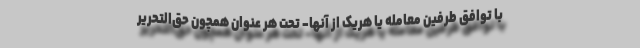
با توافق طرفین معامله یا هریک از آنها- تحت هر عنوان همچون حق‌التحریر